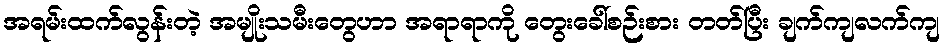
အရမ်းထက်လွန်းတဲ့ အမျိုးသမီးတွေဟာ အရာရာကို တွေးခေါ်စဉ်းစား တတ်ပြီး ချက်ကျလက်ကျ